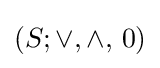
(S;\vee ,\wedge ,\,0)